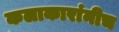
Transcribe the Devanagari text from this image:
कलाकारांनीच